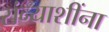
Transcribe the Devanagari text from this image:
संन्याशींना